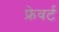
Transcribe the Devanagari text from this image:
फ्रेवर्ट